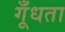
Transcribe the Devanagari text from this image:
गूँधता